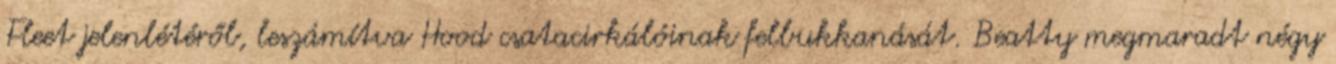
Fleet jelenlétéről, leszámítva Hood csatacirkálóinak felbukkanását. Beatty megmaradt négy